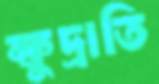
ক্ষুদ্রাতি